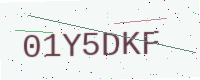
Text: 01Y5DKF